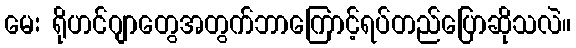
မေး ရိုဟင်ဂျာတွေအတွက်ဘာကြောင့်ရပ်တည်ပြောဆိုသလဲ။